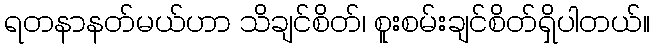
ရတနာနတ်မယ်ဟာ သိချင်စိတ်၊ စူးစမ်းချင်စိတ်ရှိပါတယ်။